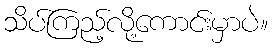
သိပ်ကြည့်လို့ကောင်းမှာပဲ။